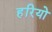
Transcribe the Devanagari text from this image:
हरियो